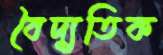
বৈদ্যুতিক